Annual report of the Central Committee of the Association together with the report of the directors of the Pasteur Institute at Kasauli
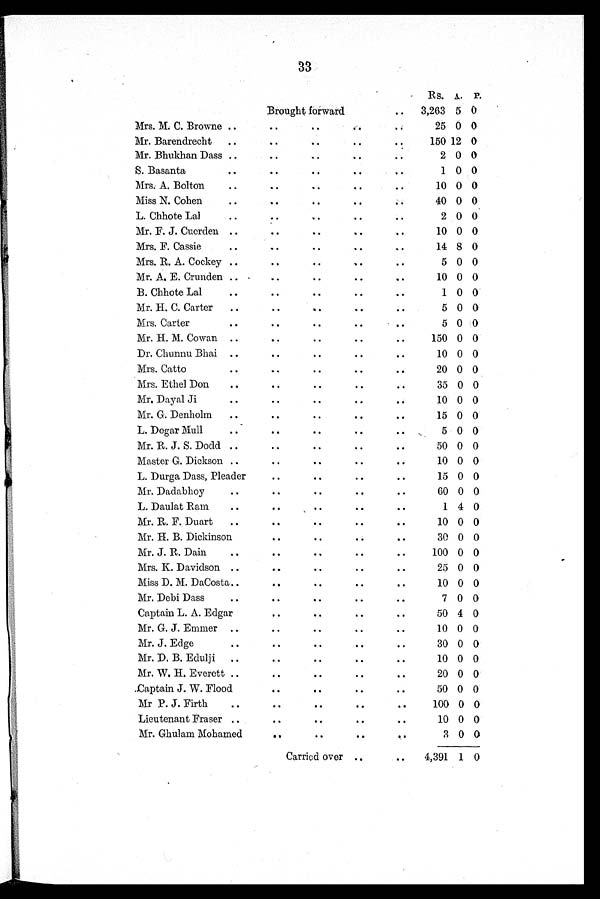
33
Brought forward
..
Rs. A. P.
3,263 5 0
Mrs. M. C. Browne ..
..
..
..
..
25 0 0
Mr. Barendrecht
..
..
..
..
..
150 12 0
Mr. Bhukhan Dass ..
..
..
..
..
2 0 0
S. Basanta
..
..
..
..
..
1 0 0
Mrs. A. Bolton
..
..
..
..
..
10
0 0
Miss N. Cohen
..
..
..
..
..
40 0 0
L. Chhote Lal
..
..
..
..
..
2 0 0
Mr. F. J. Cuerden ..
..
..
..
..
10 0 0
Mrs. F. Cassie
..
..
..
..
..
14 8 0
Mrs. R. A. Cockey ..
..
..
..
5 0 0
Mr. A. E. Crunden ..
..
..
..
..
10 0 0
B. Chhote Lal
..
..
..
..
..
1
0 0
Mr. H. C. Carter
..
..
..
..
..
5 0 0
Mrs. Carter
..
..
..
..
..
5 0 0
Mr. H. M. Cowan ..
..
..
..
..
150 0 0
Dr. Chunnu Bhai ..
..
..
..
..
10 0 0
Mrs. Catto
..
..
..
..
..
20 0 0
Mrs. Ethel Don
..
..
..
..
..
35 0 0
Mr. Dayal Ji
..
..
..
..
..
10 0 0
Mr. G. Denholm
..
..
..
..
..
15 0 0
L. Dogar Mull
..
..
..
..
..
5 0 0
Mr. R. J. S. Dodd .
..
..
..
..
50 0 0
Master G. Dickson ..
..
..
..
..
10 0 0
L. Durga Dass, Pleader
..
..
..
..
15 0 0
Mr. Dadabhoy
..
..
..
..
..
60 0 0
L. Daulat Ram
..
..
..
..
..
1
4 0
Mr. R. F. Duart
..
..
..
..
..
10 0 0
Mr. H. B. Dickinson
..
..
..
..
30 0 0
Mr. J. R. Dain
..
..
..
..
..
100 0 0
Mrs. K. Davidson ..
..
..
..
..
25 0 0
Miss D. M. DaCosta..
..
..
..
..
10 0 0
Mr. Debi Dass
..
..
..
..
..
7 0 0
Captain L. A. Edgar
..
..
..
..
50 4 0
Mr. G. J. Emmer ..
..
..
..
..
10 0 0
Mr. J. Edge ..
..
..
..
..
30 0 0
Mr. D. B. Edulji
..
..
..
..
..
10 0 0
Mr. W. H. Everett ..
..
..
..
..
20 0 0
Captain J. W. Flood
..
..
..
..
50
0
0
Mr P. J. Firth
..
..
..
..
..
100 0 0
Lieutenant Fraser ..
..
..
..
..
10 0 0
Mr. Ghulam Mohamed
..
..
..
..
3 0 0
Carried over ..
. .
4,391 1 0